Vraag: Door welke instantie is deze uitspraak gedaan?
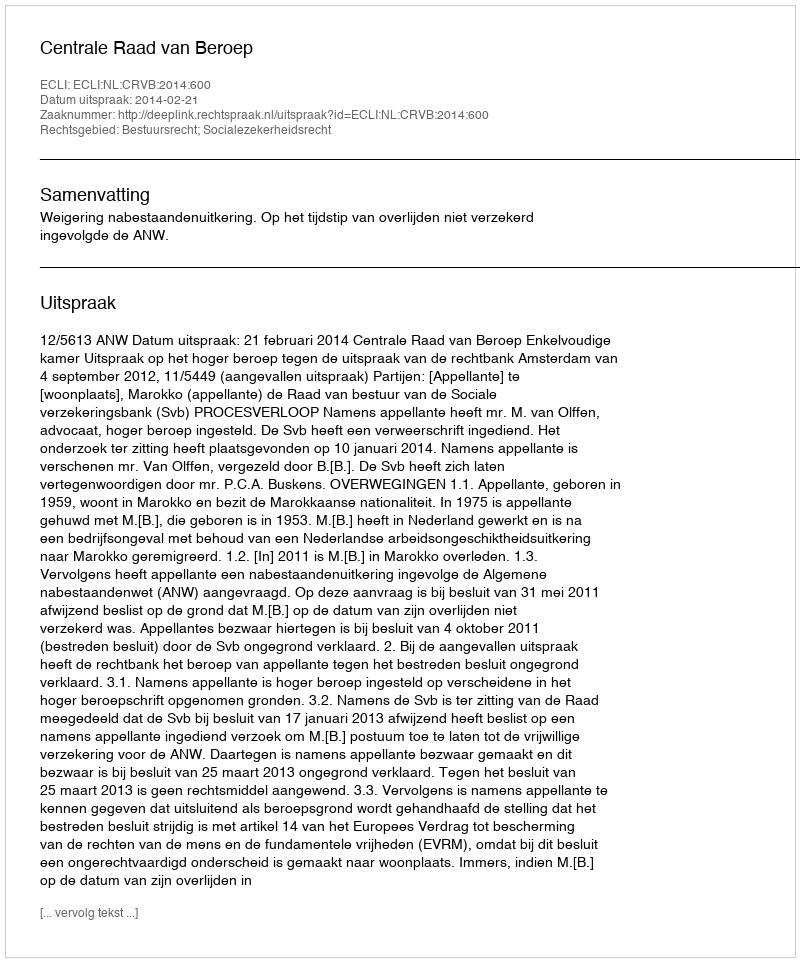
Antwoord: Centrale Raad van Beroep